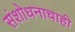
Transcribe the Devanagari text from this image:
संशोधनाचाही